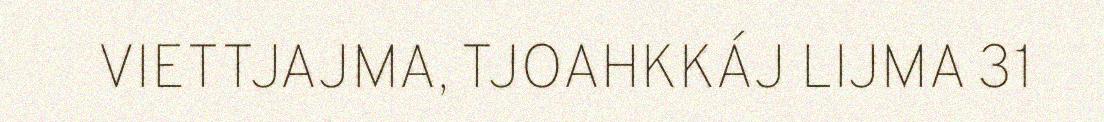
VIETTJAJMA, TJOAHKKÁJ LIJMA 31